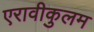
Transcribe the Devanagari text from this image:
एरावीकुलम